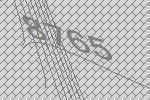
8765